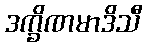
ဒက္ခိဏမာဒိသီ